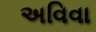
અવિવા